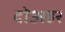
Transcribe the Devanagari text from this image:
दोअहर